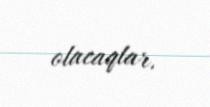
olacaqlar.